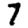
Digit: 7